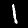
Label: 1